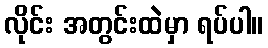
လိုင်း အတွင်းထဲမှာ ရပ်ပါ။